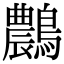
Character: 𪆯